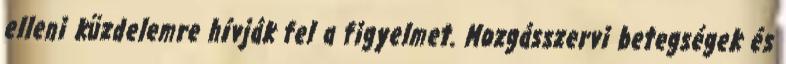
elleni küzdelemre hívják fel a figyelmet. Mozgásszervi betegségek és